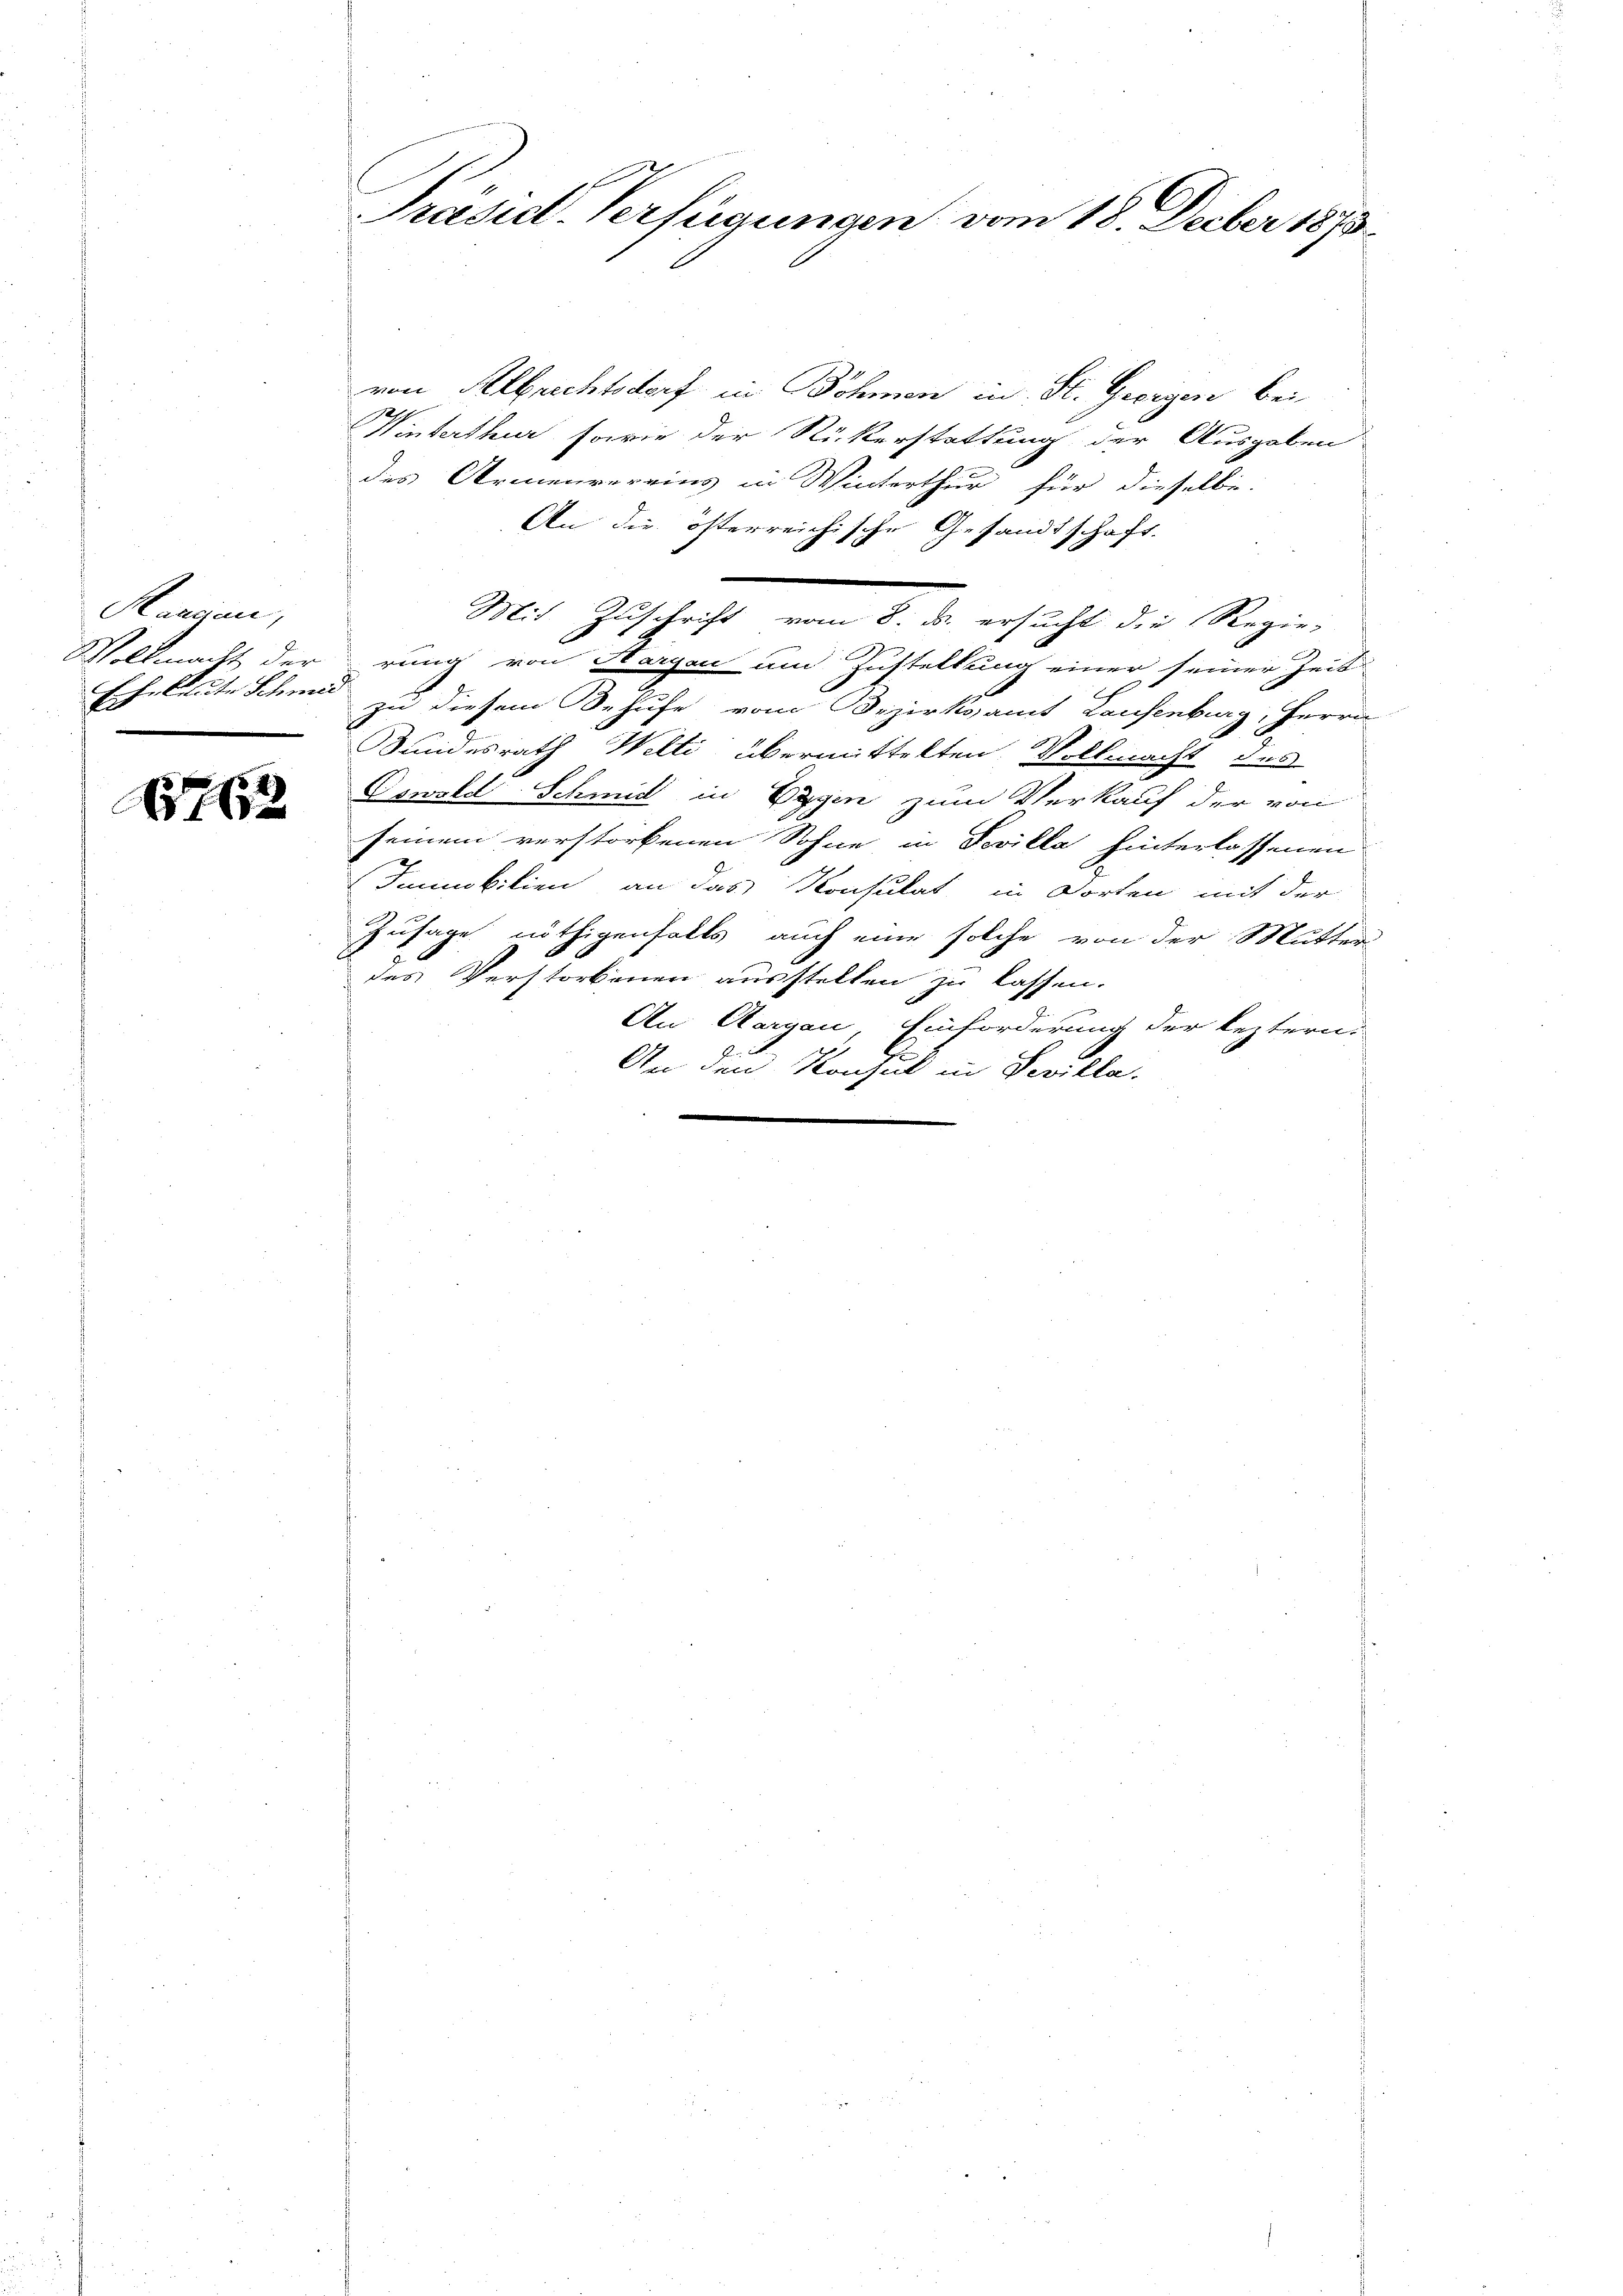
Kamann,
Eheleute Schmie
.

7612

von Albrechtsdorf in Böhmen in St. Georgen bei
127.
Hinterthur sowie der Rückerstattung der Ausgaben
des Armenvereins in Winterthur für dieselbe:
An die österreichische Gesandtschaft.
Mit Zuschaft vom 1. da ersicht die Regier
Vollmacht derrung von Aargau um Zustellung einer seiner Zeit
zu diesem Behufe vom Bezirksamt Konsenburg, Herrn
Sundesrath Welti übermittelten Vollmacht des
Oswold Schmid in Eggen zum Verkauf der von
seinem verstorbenen Sohne in Devilla hinterlassenen
Jummobilien an das Konsulat in Dorten mit der
Zusage nöthigenfalls auch eine solche von der Mutter
des Verstorbenen ausstellen zu lassen.
An Aargau, Einforderung der leztern.
An den Konsul in Devilla.

Prasil. Verfügungen vom 18. Decber 1873